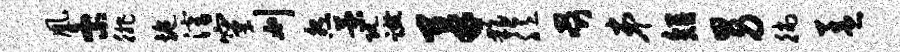
凰紊徘施潜窠刈怨菊阮蹴柔夥臆啜弟短男徜盖